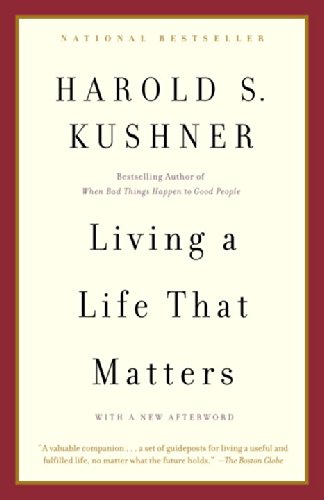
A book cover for Living a Life that Matters; Harold S. Kushner; Religion & Spirituality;